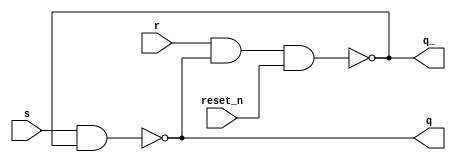
/* CSED273 lab5 experiment 2 */
/* lab5_2.v */
/* 20220100  */

`timescale 1ns / 1ps

/* Implement srLatch */
module srLatch(
    input s, r, reset_n,
    output q, q_
    );

    ////////////////////////
    nand(q, s, q_);
    nand(q_, r, q, reset_n);
    ////////////////////////

endmodule

/* Implement Negative reset master-slave SR flip-flop with srLatch module */
module lab5_2_a(
    input reset_n, j, k, clk,
    output q, q_
    );

    ////////////////////////
    wire p, p_;
    wire ms, mr, ss, sr;

    nand(ms, j, clk);
    nand(mr, k, clk);

    srLatch Master(ms, mr, reset_n, p, p_);

    nand(ss, p, ~clk);
    nand(sr, p_, ~clk);
    
    srLatch Slave(ss, sr, reset_n, q, q_);
    ////////////////////////
    
endmodule

/* Implement Negative reset master-slave JK flip-flop with srLatch module */
module lab5_2_b(
    input reset_n, j, k, clk,
    output q, q_
    );

    ////////////////////////
    wire p, p_;
    wire ms, mr, ss, sr;

    nand(ms, j, clk, q_);
    nand(mr, k, clk, q);

    srLatch Master(ms, mr, reset_n, p, p_);

    nand(ss, p, ~clk);
    nand(sr, p_, ~clk);
    
    srLatch Slave(ss, sr, reset_n, q, q_);
    ////////////////////////
    
endmodule